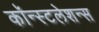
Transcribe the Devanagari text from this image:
कॉन्स्टलेशन्स